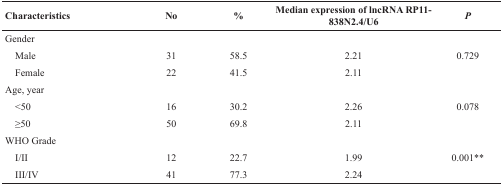
<table><thead><tr><td><b>Characteristics</b></td><td><b>No</b></td><td><b>%</b></td><td><b>Median expression of lncRNA RP11-838N2.4/U6</b></td><td><b><i>P</i></b></td></tr></thead><tbody><tr><td>Gender</td><td></td><td></td><td></td><td></td></tr><tr><td> Male</td><td>31</td><td>58.5</td><td>2.21</td><td>0.729</td></tr><tr><td> Female</td><td>22</td><td>41.5</td><td>2.11</td><td></td></tr><tr><td>Age, year</td><td></td><td></td><td></td><td></td></tr><tr><td> &lt;50</td><td>16</td><td>30.2</td><td>2.26</td><td>0.078</td></tr><tr><td> ≥50</td><td>50</td><td>69.8</td><td>2.11</td><td></td></tr><tr><td>WHO Grade</td><td></td><td></td><td></td><td></td></tr><tr><td> I/II</td><td>12</td><td>22.7</td><td>1.99</td><td>0.001<sup>**</sup></td></tr><tr><td> III/IV</td><td>41</td><td>77.3</td><td>2.24</td><td></td></tr></tbody></table>